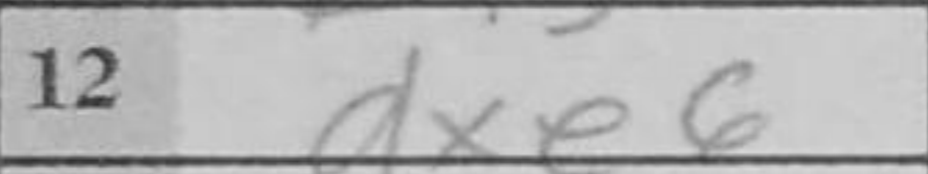
Transcription: dxe6